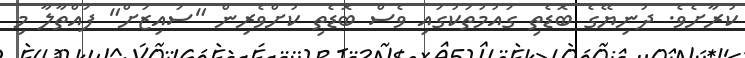
ކުރާށެވެ. ދުނިޔޭގެ ބޮޑެތި ގައުމުތަކުގައި ވެސް ބޮޑެތި ކުށްވެރިން "ސައިޒަށް" ފައްތާލާ މި